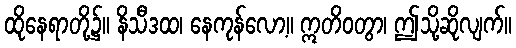
ထိုနေရာတို့၌။ နိသီဒထ၊ နေကုန်လော့။ ဣတိဝတွာ၊ ဤသို့ဆိုလျက်။